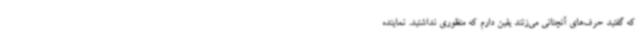
که گفتید حرف‌های آنچنانی می‌زنند یقین دارم که منظوری نداشتید. نماینده